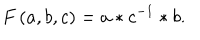
F \left( a , b , c \right) = a * c ^ { - 1 } * b .